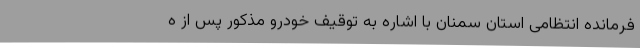
فرمانده انتظامی استان سمنان با اشاره به توقیف خودرو مذکور پس از ه